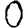
Digit: 0